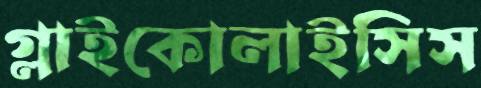
গ্লাইকোলাইসিস